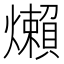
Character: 㸊